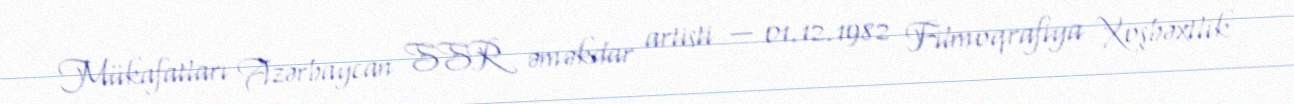
Mükafatları Azərbaycan SSR əməkdar artisti — 01.12.1982 Filmoqrafiya Xoşbəxtlik